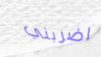
اضربني